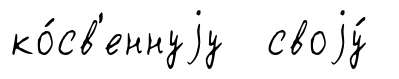
ко́св'еннуjу своjу́